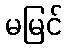
မမြင်